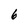
Character: 6